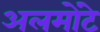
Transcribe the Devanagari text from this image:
अलमोंटे